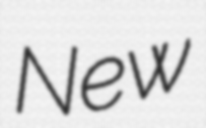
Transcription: New